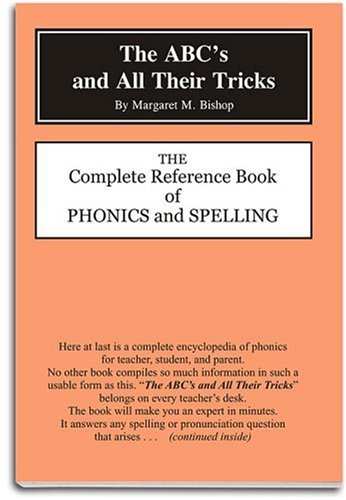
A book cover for The ABC's and All Their Tricks; M. Bishop; Reference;